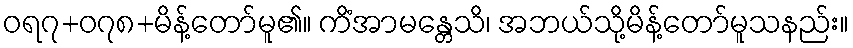
ဝရ၇+၀၇၈+မိန့်တော်မူ၏။ ကိံအာမန္တေသိ၊ အဘယ်သို့မိန့်တော်မူသနည်း။